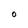
Character: o